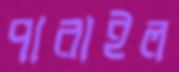
পারাইল